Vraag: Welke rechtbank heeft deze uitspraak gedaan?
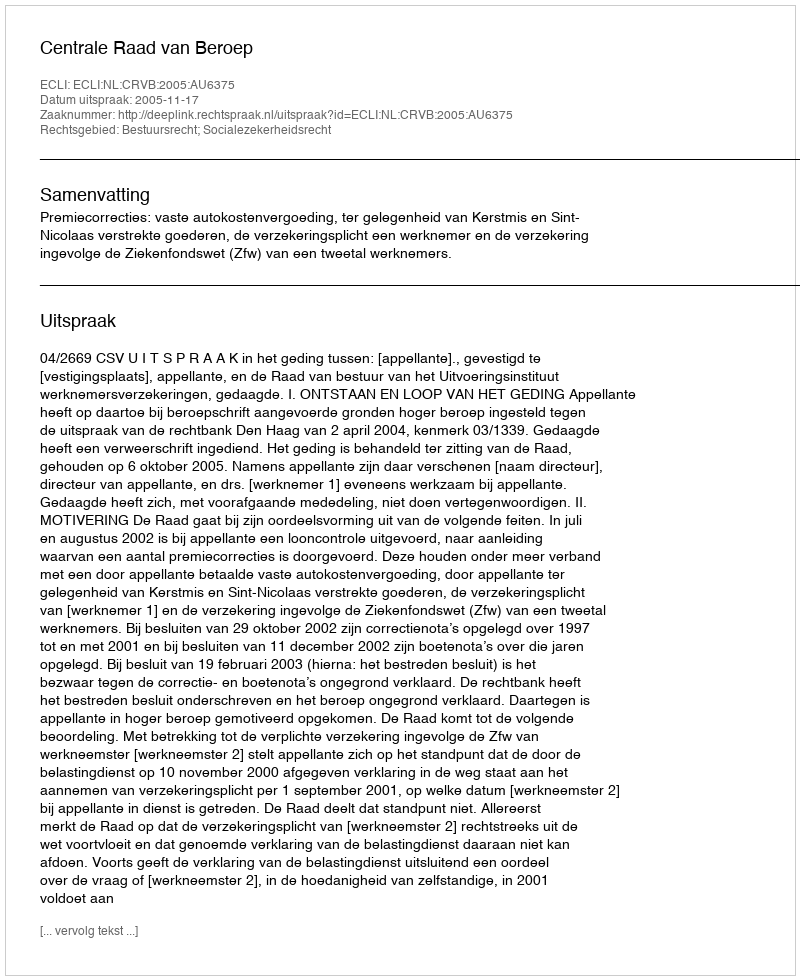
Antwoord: Centrale Raad van Beroep